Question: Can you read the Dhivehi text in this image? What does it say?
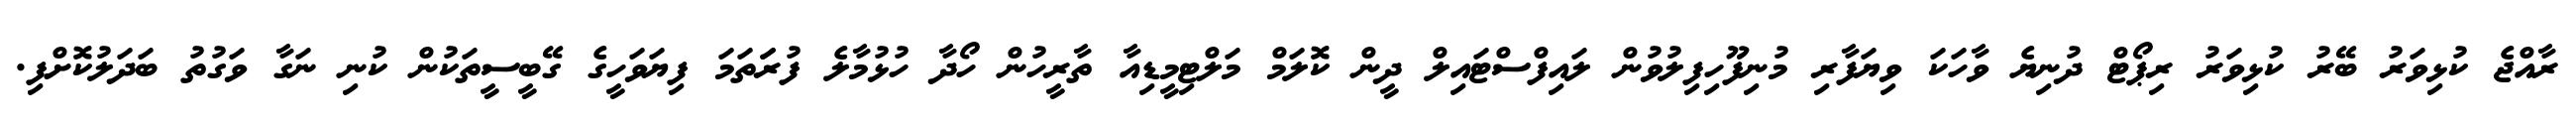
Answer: ރާއްޖެ ކުޅިވަރު ބޭރު ކުޅިވަރު ރިޕޯޓް ދުނިޔެ ވާހަކަ ވިޔަފާރި މުނިފޫހިފިލުވުން ލައިފްސްޓައިލް ދީން ކޮލަމް މަލްޓިމީޑިއާ ތާރީހުން ހޯދާ ހުޅުމާލެ ފުރަަތަމަ ފިޔަވަހީގެ ގޭބީސީތަކުން ކުނި ނަގާ ވަގުތު ބަދަލުކޮށްފި.